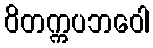
ဝိတက္ကပဘဝေါ